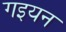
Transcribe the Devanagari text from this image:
गइयन